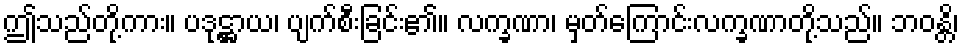
ဤသည်တို့ကား။ ပဒုဋ္ဌာယ၊ ပျက်စီးခြင်း၏။ လက္ခဏာ၊ မှတ်ကြောင်းလက္ခဏာတို့သည်။ ဘဝန္တိ၊